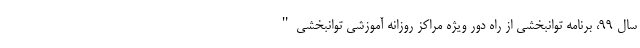
سال ۹۹، برنامه توانبخشی از راه دور ویژه مراکز روزانه آموزشی توانبخشی"